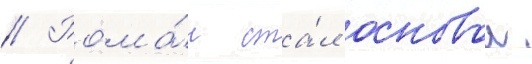
// Рома́н ста́л основои